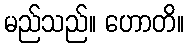
မည်သည်။ ဟောတိ။